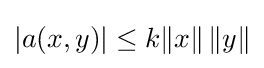
|a(x,y)|\leq k\|x\|\,\|y\|